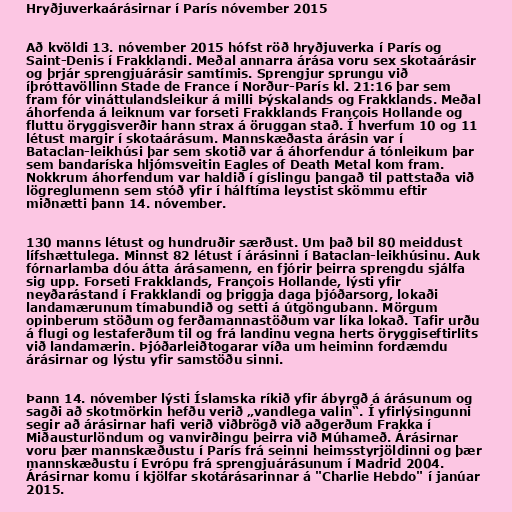
Hryðjuverkaárásirnar í París nóvember 2015

Að kvöldi 13. nóvember 2015 hófst röð hryðjuverka í París og
Saint-Denis í Frakklandi. Meðal annarra árása voru sex skotaárásir
og þrjár sprengjuárásir samtímis. Sprengjur sprungu við
íþróttavöllinn Stade de France í Norður-París kl. 21:16 þar sem
fram fór vináttulandsleikur á milli Þýskalands og Frakklands. Meðal
áhorfenda á leiknum var forseti Frakklands François Hollande og
fluttu öryggisverðir hann strax á öruggan stað. Í hverfum 10 og 11
létust margir í skotaárásum. Mannskæðasta árásin var í
Bataclan-leikhúsi þar sem skotið var á áhorfendur á tónleikum þar
sem bandaríska hljómsveitin Eagles of Death Metal kom fram.
Nokkrum áhorfendum var haldið í gíslingu þangað til pattstaða við
lögreglumenn sem stóð yfir í hálftíma leystist skömmu eftir
miðnætti þann 14. nóvember.

130 manns létust og hundruðir særðust. Um það bil 80 meiddust
lífshættulega. Minnst 82 létust í árásinni í Bataclan-leikhúsinu. Auk
fórnarlamba dóu átta árásamenn, en fjórir þeirra sprengdu sjálfa
sig upp. Forseti Frakklands, François Hollande, lýsti yfir
neyðarástand í Frakklandi og þriggja daga þjóðarsorg, lokaði
landamærunum tímabundið og setti á útgöngubann. Mörgum
opinberum stöðum og ferðamannastöðum var líka lokað. Tafir urðu
á flugi og lestaferðum til og frá landinu vegna herts öryggiseftirlits
við landamærin. Þjóðarleiðtogarar víða um heiminn fordæmdu
árásirnar og lýstu yfir samstöðu sinni.

Þann 14. nóvember lýsti Íslamska ríkið yfir ábyrgð á árásunum og
sagði að skotmörkin hefðu verið „vandlega valin“. Í yfirlýsingunni
segir að árásirnar hafi verið viðbrögð við aðgerðum Frakka í
Miðausturlöndum og vanvirðingu þeirra við Múhameð. Árásirnar
voru þær mannskæðustu í París frá seinni heimsstyrjöldinni og þær
mannskæðustu í Evrópu frá sprengjuárásunum í Madrid 2004.
Árásirnar komu í kjölfar skotárásarinnar á "Charlie Hebdo" í janúar
2015.